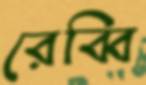
রেব্বি